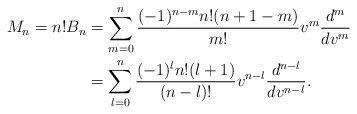
\begin{align*} M_n=n!B_n&=\sum_{m=0}^n\frac{(-1)^{n-m}n!(n+1-m)}{m!}v^m\frac{d^m}{dv^m}\\ &=\sum_{l=0}^n\frac{(-1)^{l}n!(l+1)}{(n-l)!}v^{n-l}\frac{d^{n-l}}{dv^{n-l}}.\end{align*}